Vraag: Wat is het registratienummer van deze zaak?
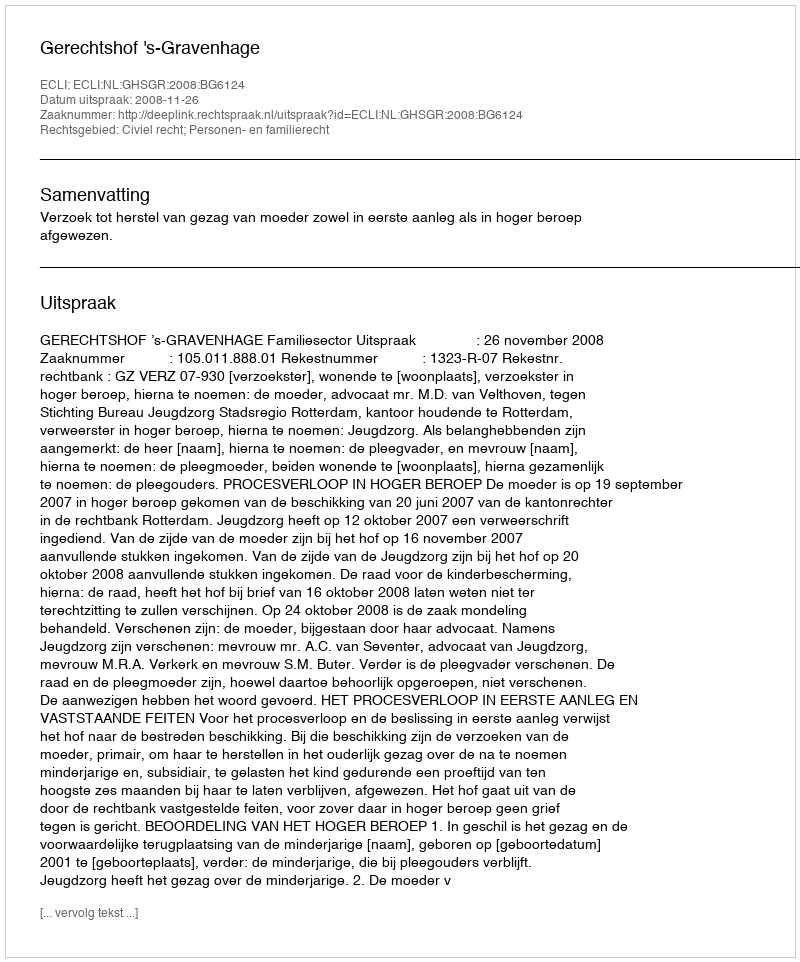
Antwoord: http://deeplink.rechtspraak.nl/uitspraak?id=ECLI:NL:GHSGR:2008:BG6124